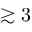
\gtrsim 3